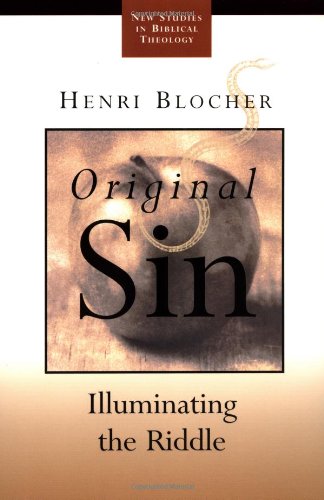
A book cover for Original Sin: Illuminating the Riddle (New Studies in Biblical Theology); Henri Blocher; Politics & Social Sciences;